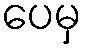
ပေမှ